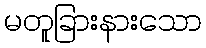
မတူခြားနားသော